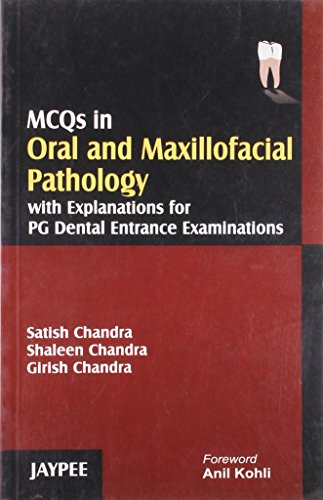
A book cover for MCQ in Oral and Maxillofacial Pathology; Satish Chandra; Medical Books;